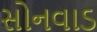
સોનવાડ